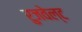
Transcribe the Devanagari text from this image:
रुजवेल्ट